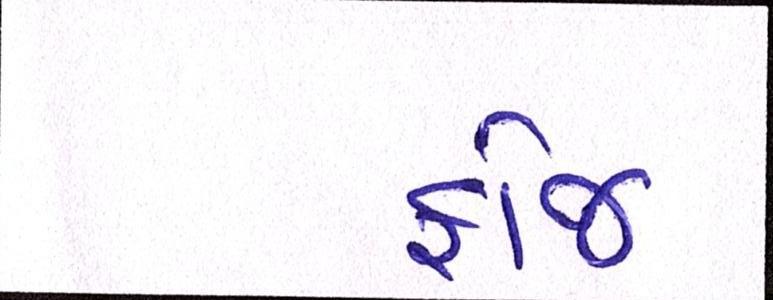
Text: ફોજ